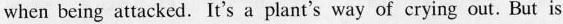
when being attacked.It's a plant's way of crying out.But is